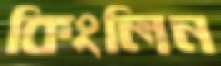
কিংলিন